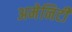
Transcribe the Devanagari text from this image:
अमेनिटी